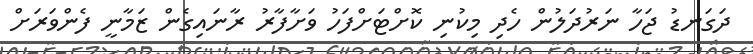
ދަގަނޑު ޖަހާ ނަރުދަލުން ހެދި މިކުނި ކޮށްޓަށްފަހު ވަށާފާރު ރާނައިގެން ޒަމާނީ ފެންވަރަށް